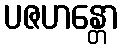
ပဇဟန္တော